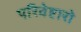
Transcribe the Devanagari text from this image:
परिवेष्टारो